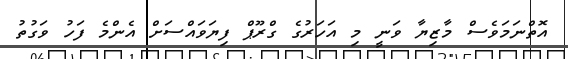
އޮތްނަމަވެސް މާޒިޔާ ވަނީ މި އަހަރުގެ ގްރޫޕް ފިޔަވައްސަށް އެންމެ ފަހު ވަގުތު